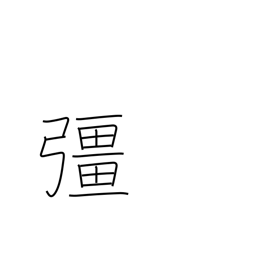
Meaning: strong